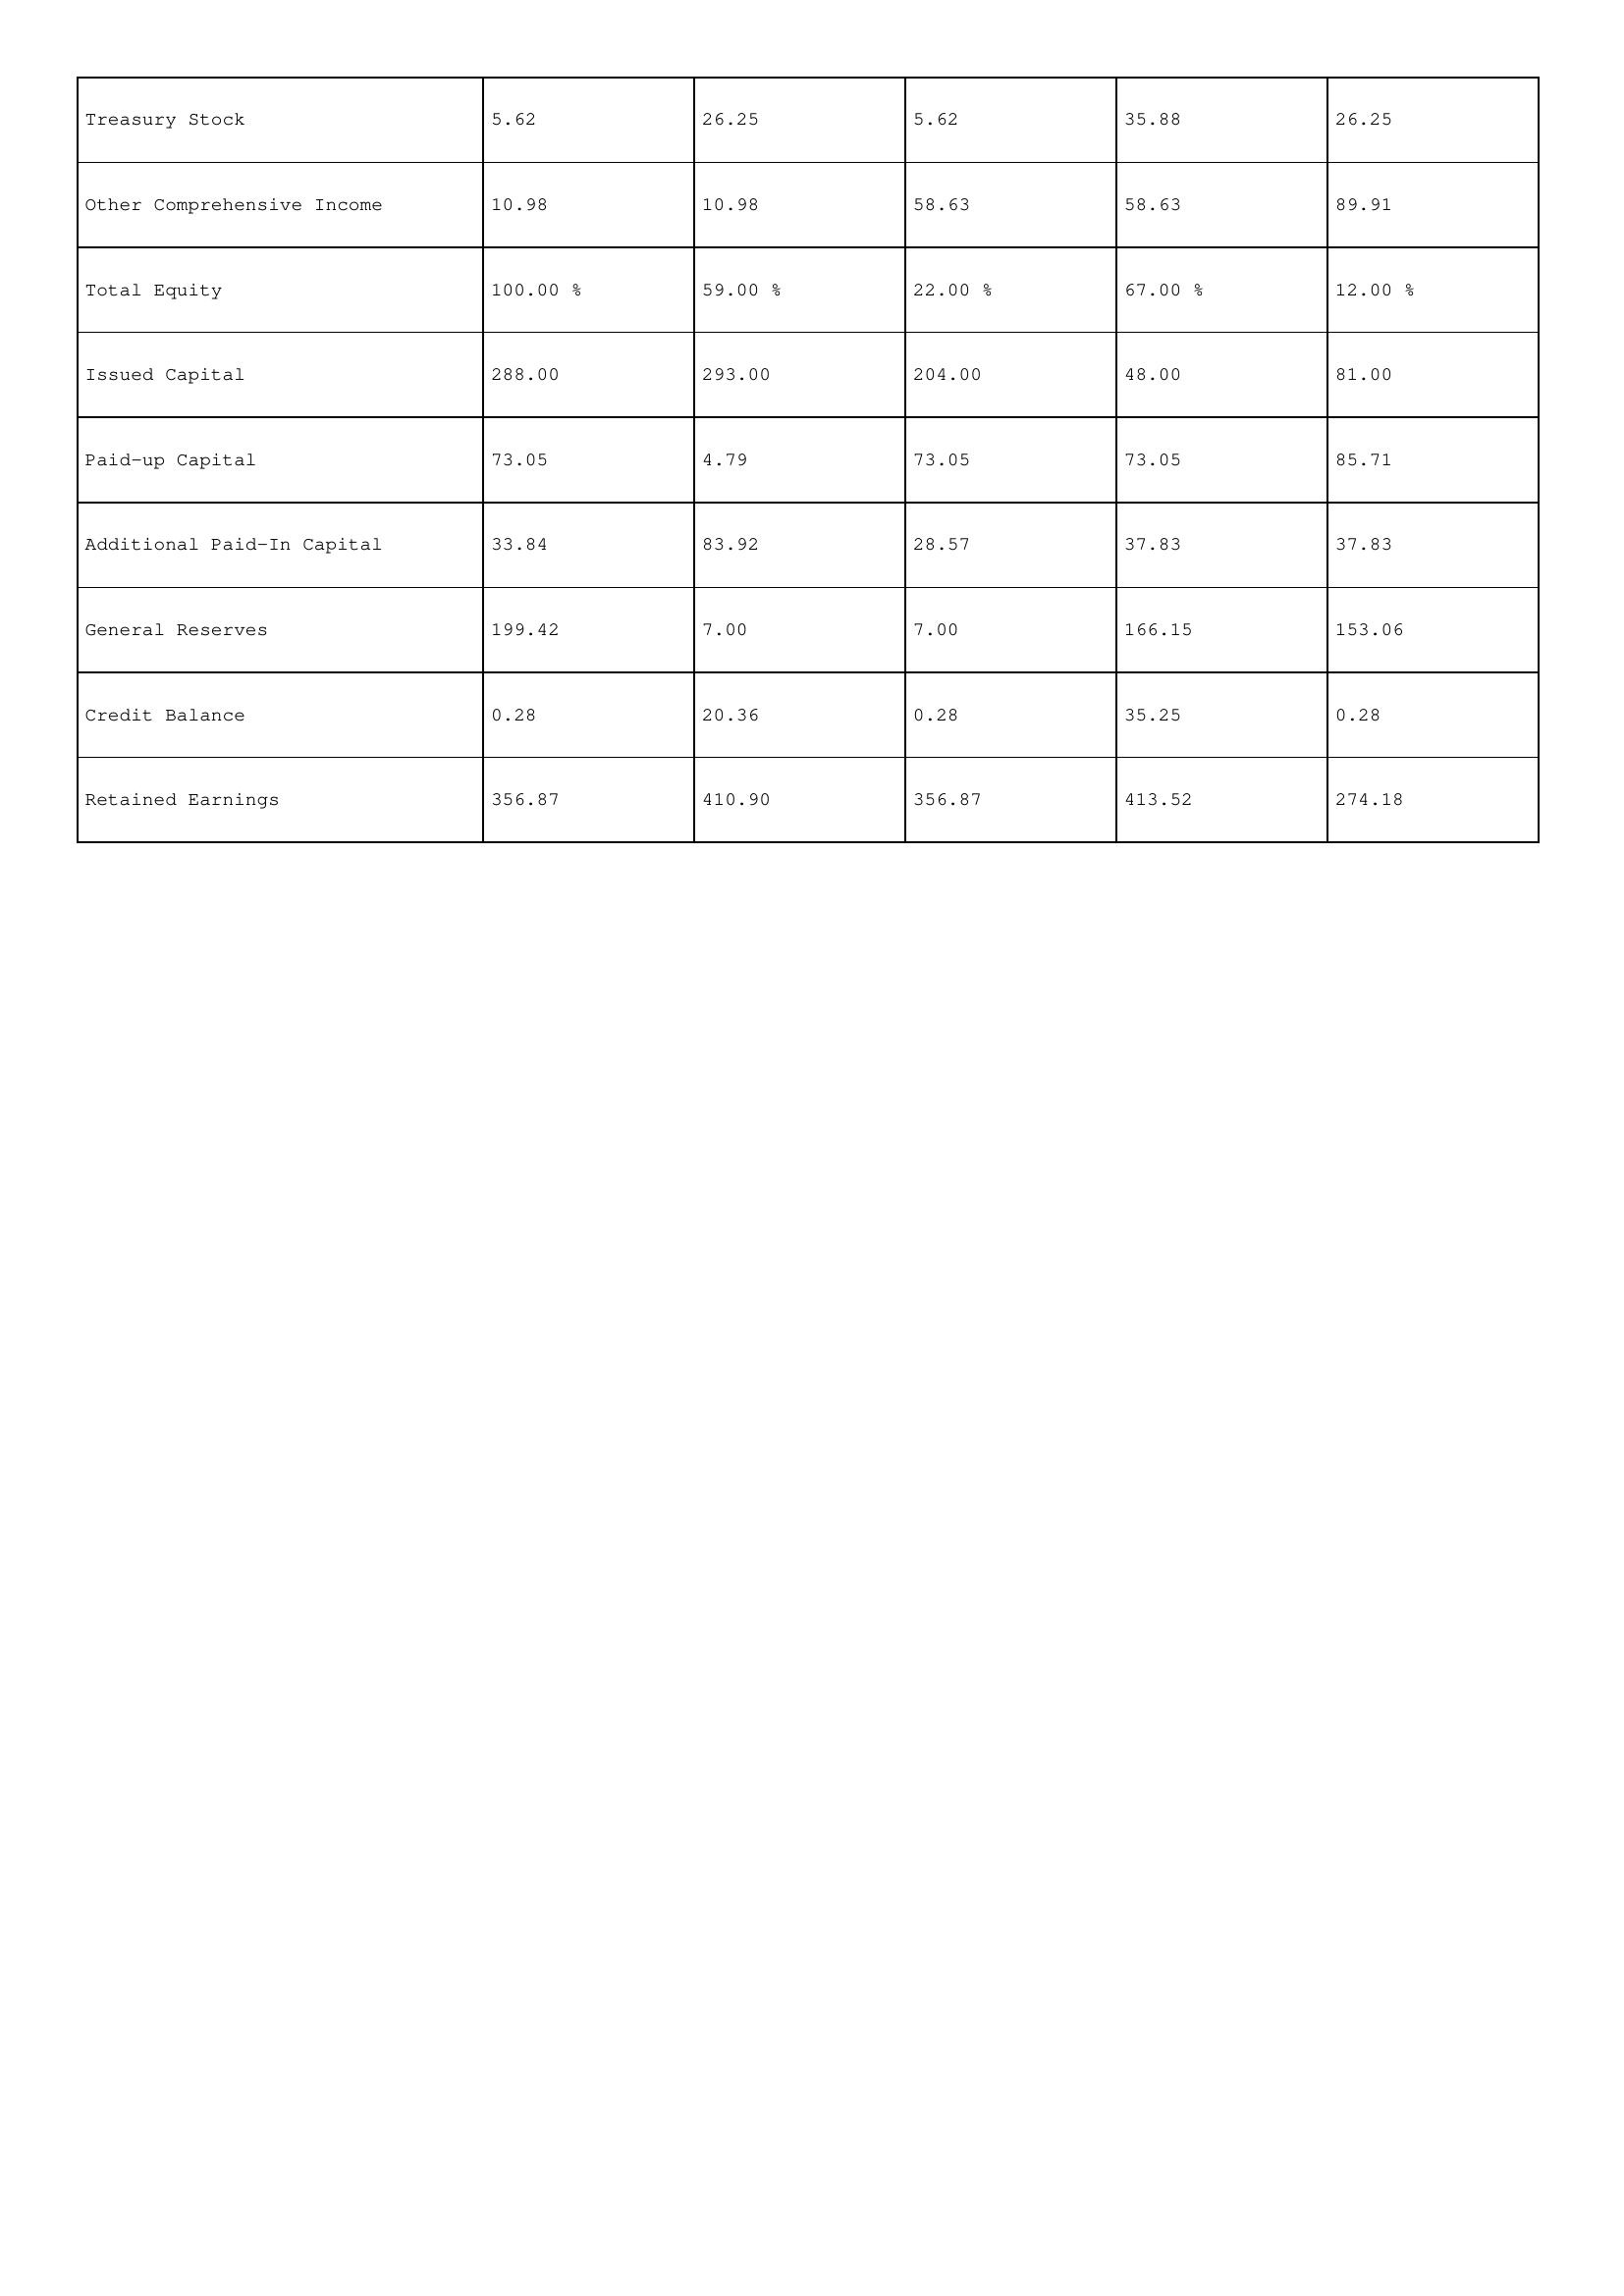
gt_parse: 2008: Treasury Stock: 5.62
Other Comprehensive Income: 10.98
Total Equity: 100.00 %
Issued Capital: 288.00
Paid-up Capital: 73.05
Additional Paid-In Capital: 33.84
General Reserves: 199.42
Credit Balance: 0.28
Retained Earnings: 356.87
2007: Treasury Stock: 26.25
Other Comprehensive Income: 10.98
Total Equity: 59.00 %
Issued Capital: 293.00
Paid-up Capital: 4.79
Additional Paid-In Capital: 83.92
General Reserves: 7.00
Credit Balance: 20.36
Retained Earnings: 410.90
2006: Treasury Stock: 5.62
Other Comprehensive Income: 58.63
Total Equity: 22.00 %
Issued Capital: 204.00
Paid-up Capital: 73.05
Additional Paid-In Capital: 28.57
General Reserves: 7.00
Credit Balance: 0.28
Retained Earnings: 356.87
2005: Treasury Stock: 35.88
Other Comprehensive Income: 58.63
Total Equity: 67.00 %
Issued Capital: 48.00
Paid-up Capital: 73.05
Additional Paid-In Capital: 37.83
General Reserves: 166.15
Credit Balance: 35.25
Retained Earnings: 413.52
2004: Treasury Stock: 26.25
Other Comprehensive Income: 89.91
Total Equity: 12.00 %
Issued Capital: 81.00
Paid-up Capital: 85.71
Additional Paid-In Capital: 37.83
General Reserves: 153.06
Credit Balance: 0.28
Retained Earnings: 274.18